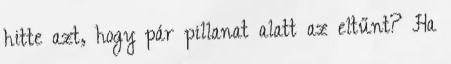
hitte azt, hogy pár pillanat alatt az eltűnt? Ha